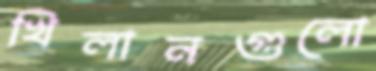
খিলানগুলো